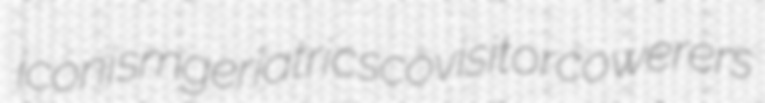
iconism geriatrics covisitor cowerers